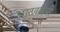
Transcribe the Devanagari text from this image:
आठवलेची